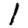
Digit: 1